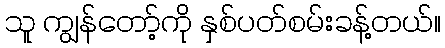
သူ ကျွန်တော့်ကို နှစ်ပတ်စမ်းခန့်တယ်။